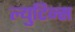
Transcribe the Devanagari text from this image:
ल्युटिन्स